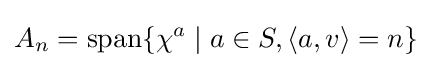
A_{n}=\operatorname {span} \{\chi ^{a}\mid a\in S,\langle a,v\rangle =n\}